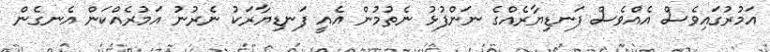
އަމުރުގައިވެސް އެއްވެސް ފަނޑިޔާރެއްގެ ނަންފުޅު ނެތުމުން އެއީ ފަނޑިޔާރަކު ނެރުނު އަމުރެއްކަން އެނގެން